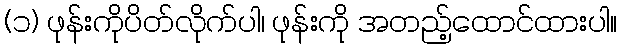
(၁) ဖုန်းကိုပိတ်လိုက်ပါ၊ ဖုန်းကို အတည့်ထောင်ထားပါ။